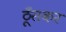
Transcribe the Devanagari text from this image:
ठूँसकर